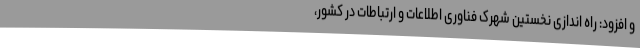
و افزود: راه اندازی نخستین شهرک فناوری اطلاعات و ارتباطات در کشور،